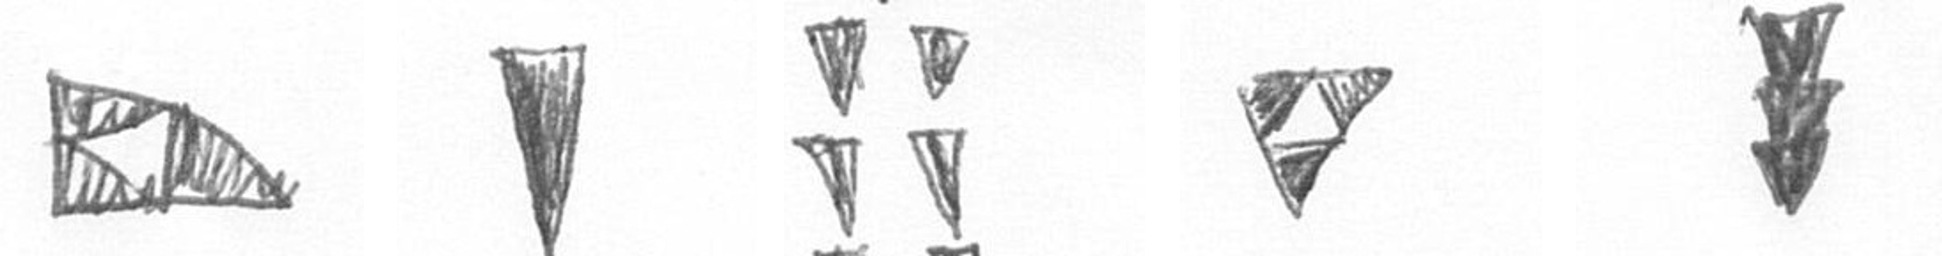
K J Y S E